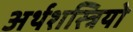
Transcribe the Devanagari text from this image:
अर्थशस्त्रियो